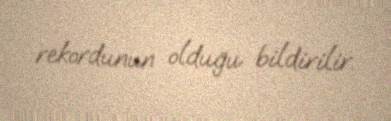
rekordunun olduğu bildirilir.